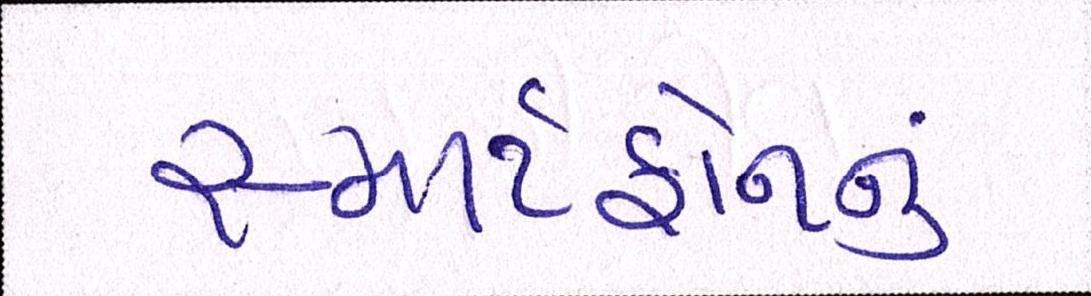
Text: સ્માર્ટફોનનું